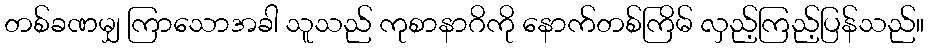
တစ်ခဏမျှ ကြာသောအခါ သူသည် ကုစာနာဂိကို နောက်တစ်ကြိမ် လှည့်ကြည့်ပြန်သည်။